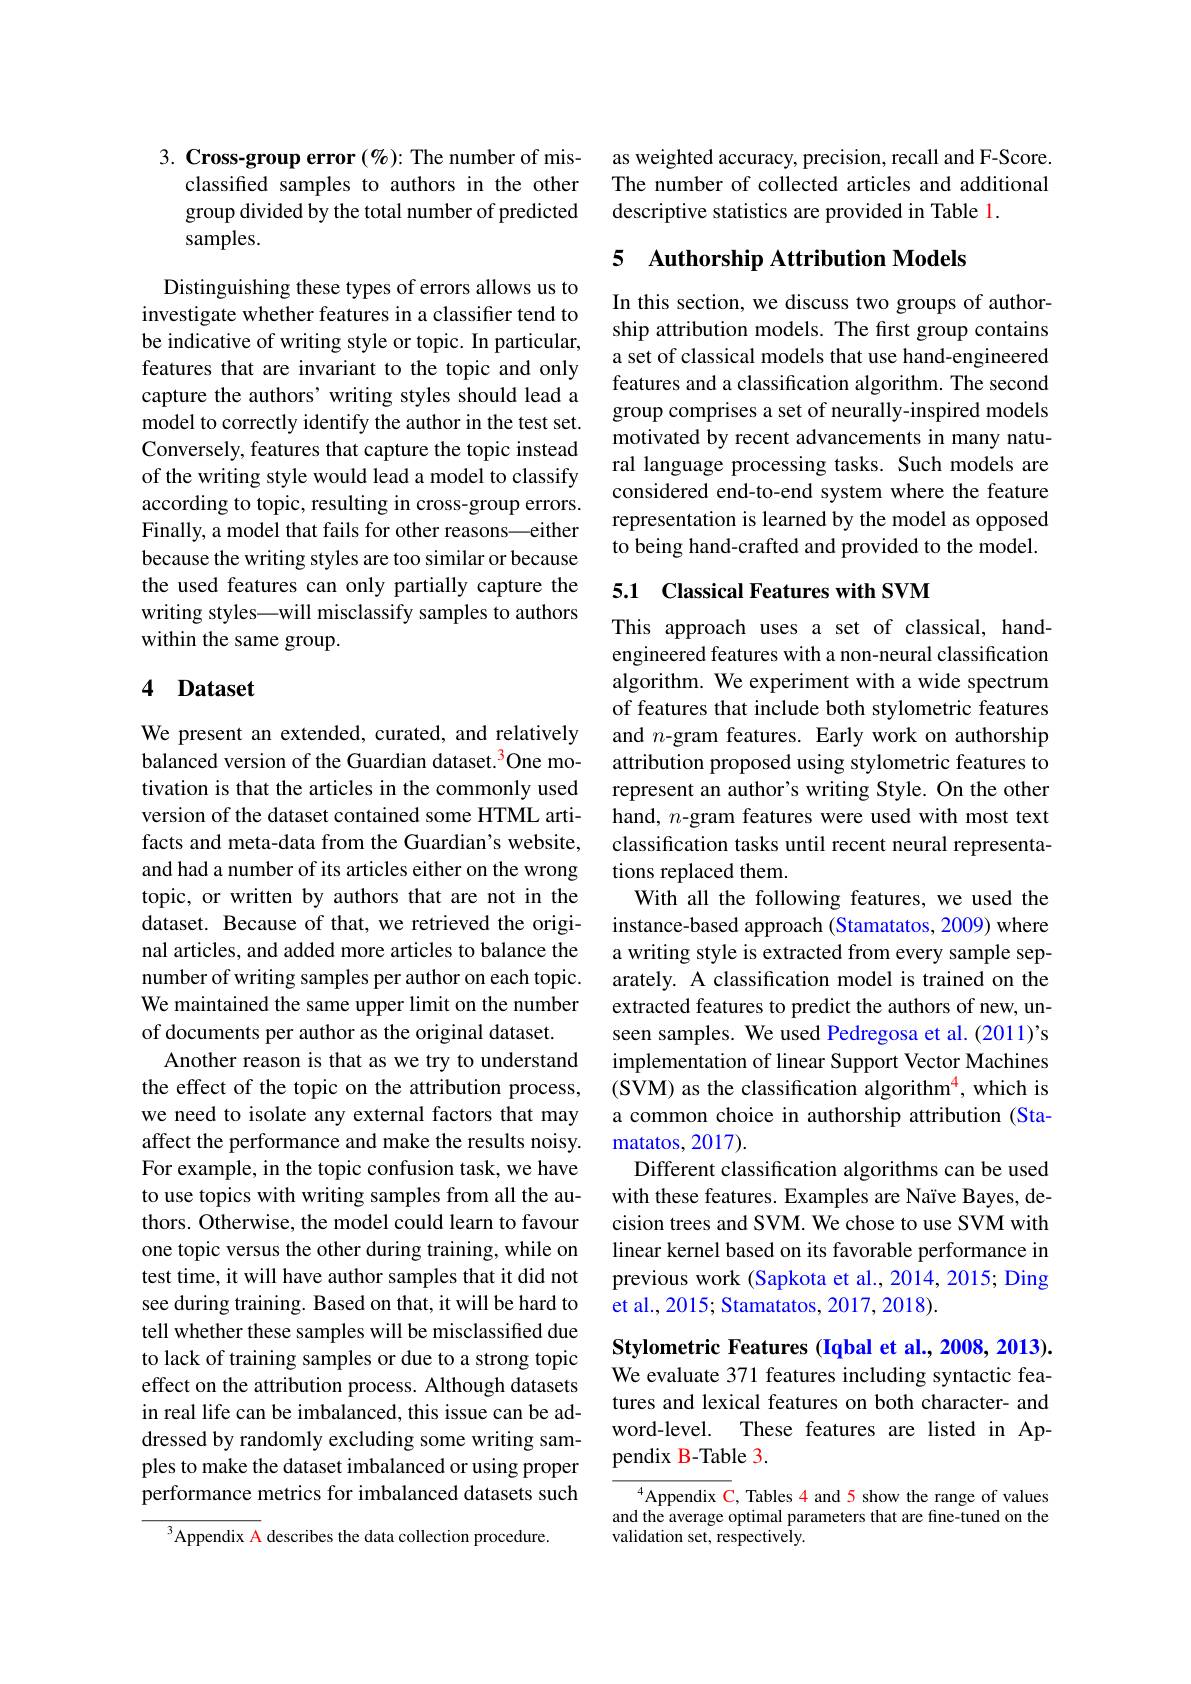
3. Cross-group error $(\%)$: The number of mis-
classifed samples to authors in the other group divided by the total number of predicted samples.

Distinguishing these types of errors allows us to investigate whether features in a classifier tend to be indicative of writing style or topic. In particular, features that are invariant to the topic and only capture the authors' writing styles should lead a model to correctly identify the author in the test set. Conversely, features that capture the topic instead of the writing style would lead a model to classify according to topic, resulting in cross-group errors. Finally, a model that fails for other reasons—either because the writing styles are too similar or because the used features can only partially capture the writing styles—will misclassify samples to authors within the same group.

## 4 Dataset

We present an extended, curated, and relatively balanced version of the Guardian dataset.$^{\color{red}3}$One motivation is that the articles in the commonly used version of the dataset contained some HTML artifacts and meta-data from the Guardian's website, and had a number of its articles either on the wrong topic, or written by authors that are not in the dataset. Because of that, we retrieved the original articles, and added more articles to balance the number of writing samples per author on each topic. We maintained the same upper limit on the number of documents per author as the original dataset.
Another reason is that as we try to understand the effect of the topic on the attribution process, we need to isolate any external factors that may affect the performance and make the results noisy. For example, in the topic confusion task, we have to use topics with writing samples from all the authors. Otherwise, the model could learn to favour one topic versus the other during training, while on test time, it will have author samples that it did not see during training. Based on that, it will be hard to tell whether these samples will be misclassified due to lack of training samples or due to a strong topic effect on the attribution process. Although datasets in real life can be imbalanced, this issue can be addressed by randomly excluding some writing samples to make the dataset imbalanced or using proper performance metrics for imbalanced datasets such
$^{3}$Appendix A describes the data collection procedure.

as weighted accuracy, precision, recall and F-Score. The number of collected articles and additional descriptive statistics are provided in Table 1.

# 5 Authorship Attribution Models

In this section, we discuss two groups of authorship attribution models. The first group contains a set of classical models that use hand-engineered features and a classification algorithm. The second group comprises a set of neurally-inspired models motivated by recent advancements in many natural language processing tasks. Such models are considered end-to-end system where the feature representation is learned by the model as opposed to being hand-crafted and provided to the model.

## 5.1 Classical Features with SVM

This approach uses a set of classical, handengineered features with a non-neural classification algorithm. We experiment with a wide spectrum of features that include both stylometric features and $n$-gram features. Early work on authorship attribution proposed using stylometric features to represent an author's writing Style. On the other hand, $n$-gram features were used with most text classification tasks until recent neural representations replaced them.
With all the following features, we used the instance-based approach (Stamatatos, 2009) where a writing style is extracted from every sample separately. A classification model is trained on the extracted features to predict the authors of new, unseen samples. We used Pedregosa et al.(2011)'s implementation of linear Support Vector Machines (SVM) as the classification algorithm$^{4}$, which is a common choice in authorship attribution (Stamatatos, 2017).
Different classification algorithms can be used with these features. Examples are Naïve Bayes, decision trees and SVM. We chose to use SVM with linear kernel based on its favorable performance in previous work (Sapkota et al., 2014, 2015; Ding et al., 2015; Stamatatos, 2017, 2018).
Stylometric Features (Iqbal et al., 2008, 2013).

We evaluate 371 features including syntactic features and lexical features on both character- and word-level. These features are listed in Appendix B-Table 3.

$^{4}$Appendix C, Tables 4 and 5 show the range of values and the average optimal parameters that are fine-tuned on the validation set, respectively.